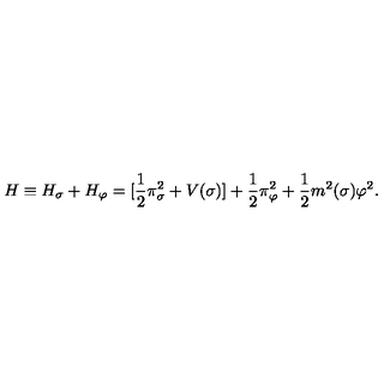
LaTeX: H \equiv H _ { \sigma } + H _ { \varphi } = [ \frac { 1 } { 2 } \pi _ { \sigma } ^ { 2 } + V ( \sigma ) ] + \frac { 1 } { 2 } \pi _ { \varphi } ^ { 2 } + \frac { 1 } { 2 } m ^ { 2 } ( \sigma ) \varphi ^ { 2 } .